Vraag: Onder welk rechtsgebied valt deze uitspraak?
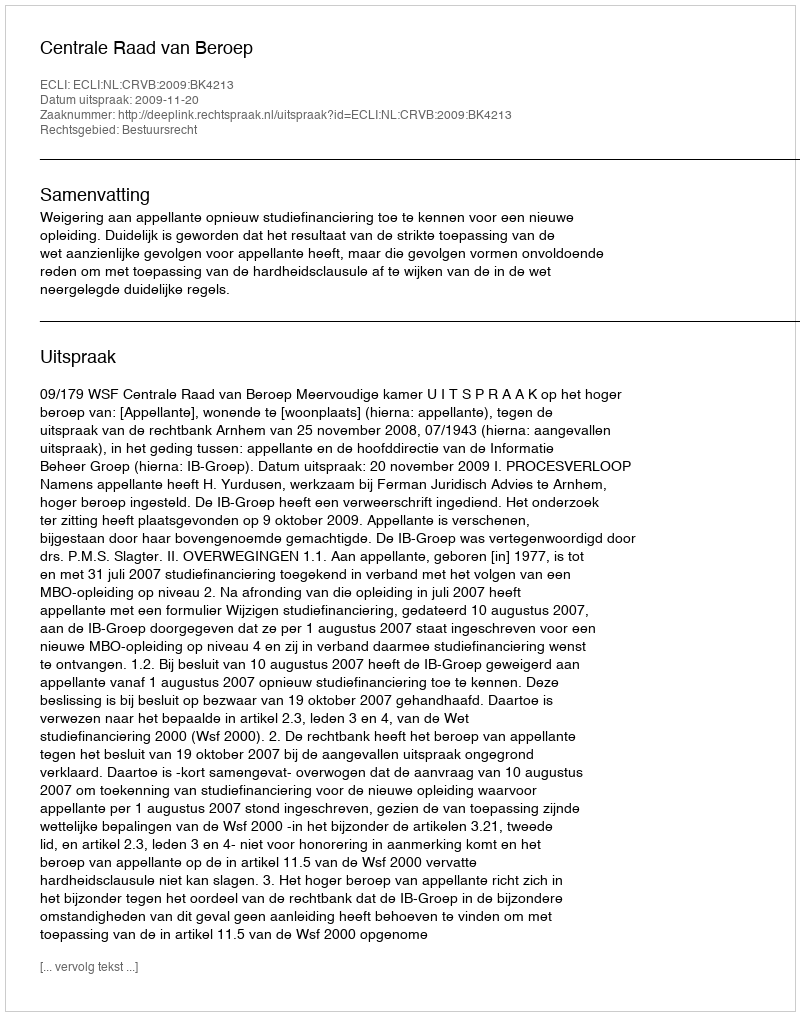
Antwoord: Bestuursrecht